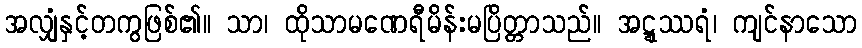
အလျှံနှင့်တကွဖြစ်၏။ သာ၊ ထိုသာမဏေရီမိန်းမပြိတ္တာသည်။ အဋ္ဋဿရံ၊ ကျင်နာသော